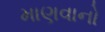
માણવાનો